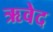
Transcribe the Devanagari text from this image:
ऋवेद